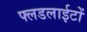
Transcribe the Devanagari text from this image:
फ्लडलाईटों